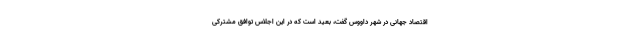
اقتصاد جهانی در شهر داووس گفت، بعید است که در این اجلاس توافق مشترکی